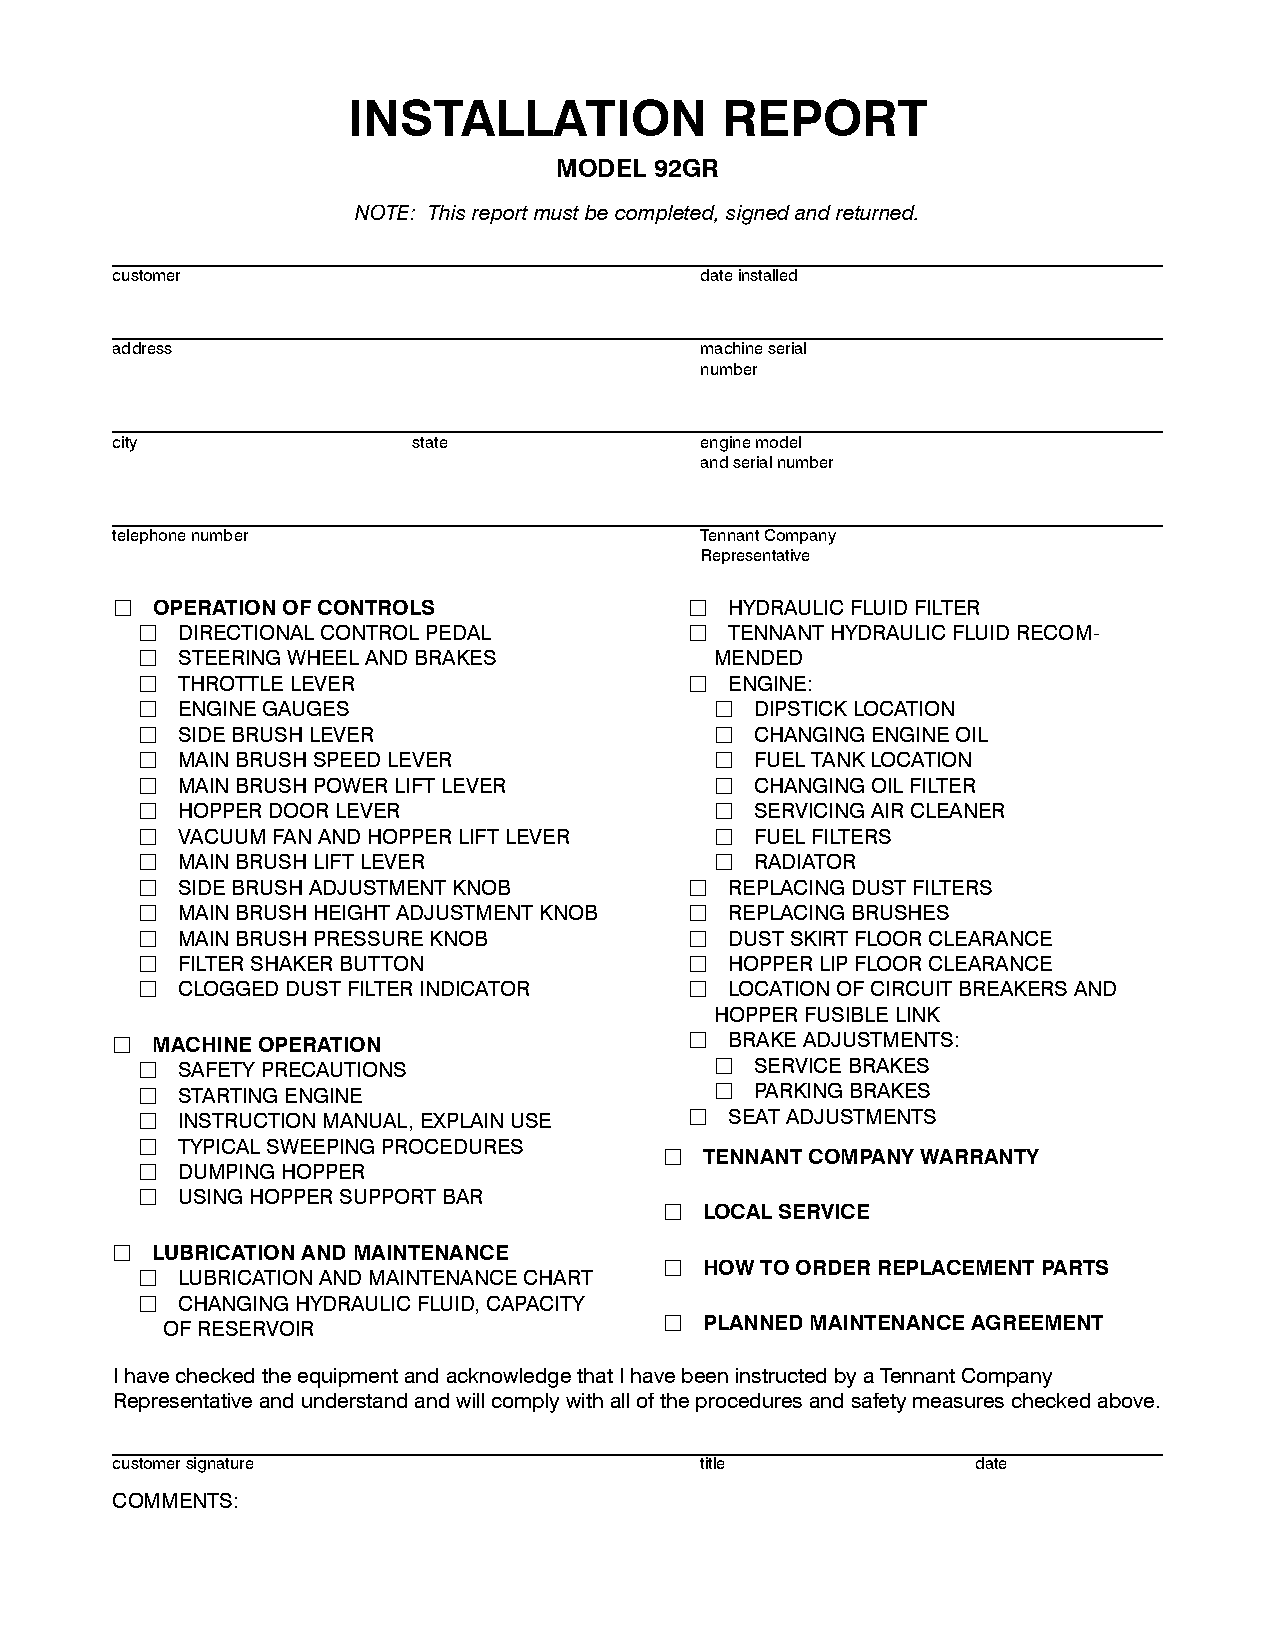
INSTALLATION             REPORT
 MODEL 92GR
 NOTE: Thisreportmustbecompleted,signedandreturned.
 customer                               dateinstalled
 address                                machineserial
 number
 city                state              enginemodel
 andserialnumber
 telephonenumber                        TennantCompany
 Representative
 j  OPERATIONOFCONTROLS                 j HYDRAULICFLUIDFILTER
 j  DIRECTIONALCONTROLPEDAL           j TENNANTHYDRAULICFLUIDRECOM-
 j  STEERINGWHEELANDBRAKES             MENDED
 j  THROTTLELEVER                     j ENGINE:
 j  ENGINEGAUGES                       j  DIPSTICKLOCATION
 j  SIDEBRUSHLEVER                     j  CHANGINGENGINEOIL
 j  MAINBRUSHSPEEDLEVER                j  FUELTANKLOCATION
 j  MAINBRUSHPOWERLIFTLEVER            j  CHANGINGOILFILTER
 j  HOPPERDOORLEVER                    j  SERVICINGAIRCLEANER
 j  VACUUMFANANDHOPPERLIFTLEVER        j  FUELFILTERS
 j  MAINBRUSHLIFTLEVER                 j  RADIATOR
 j  SIDEBRUSHADJUSTMENTKNOB           j REPLACINGDUSTFILTERS
 j  MAINBRUSHHEIGHTADJUSTMENTKNOB     j REPLACINGBRUSHES
 j  MAINBRUSHPRESSUREKNOB             j DUSTSKIRTFLOORCLEARANCE
 j  FILTERSHAKERBUTTON                j HOPPERLIPFLOORCLEARANCE
 j  CLOGGEDDUSTFILTERINDICATOR        j LOCATIONOFCIRCUITBREAKERSAND
 HOPPERFUSIBLELINK
 j  MACHINEOPERATION                    j BRAKEADJUSTMENTS:
 j  SAFETYPRECAUTIONS                  j  SERVICEBRAKES
 j  STARTINGENGINE                     j  PARKINGBRAKES
 j  INSTRUCTIONMANUAL,EXPLAINUSE      j SEATADJUSTMENTS
 j  TYPICALSWEEPINGPROCEDURES
 j  TENNANTCOMPANYWARRANTY
 j  DUMPINGHOPPER
 j  USINGHOPPERSUPPORTBAR
 j  LOCALSERVICE
 j  LUBRICATIONANDMAINTENANCE
 j  HOWTOORDERREPLACEMENTPARTS
 j  LUBRICATIONANDMAINTENANCECHART
 j  CHANGINGHYDRAULICFLUID,CAPACITY
 OFRESERVOIR                      j  PLANNEDMAINTENANCEAGREEMENT
 IhavecheckedtheequipmentandacknowledgethatIhavebeeninstructedbyaTennantCompany
 Representativeandunderstandandwillcomplywithalloftheproceduresandsafetymeasurescheckedabove.
 customersignature                      title              date
 COMMENTS: